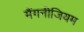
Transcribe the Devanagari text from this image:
मैंगनीजियम